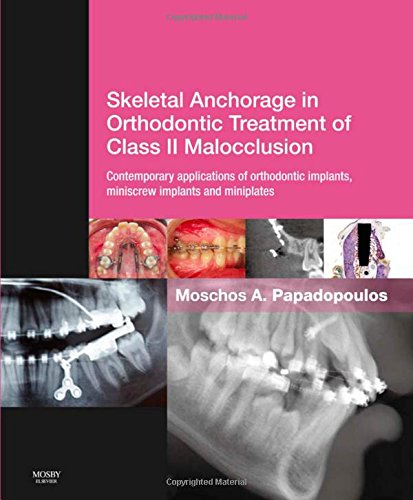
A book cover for Skeletal Anchorage in Orthodontic Treatment of Class II Malocclusion: Contemporary applications of orthodontic implants, miniscrew implantsand mini plates, 1e; Medical Books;